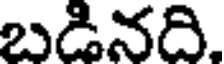
బడినది.